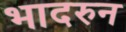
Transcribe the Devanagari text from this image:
भादरुन